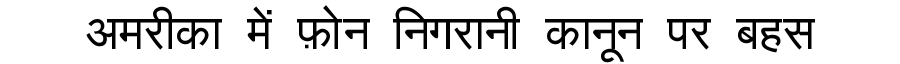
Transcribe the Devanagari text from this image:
अमरीका में फ़ोन निगरानी कानून पर बहस